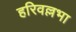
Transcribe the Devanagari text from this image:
हरिवल्लभा